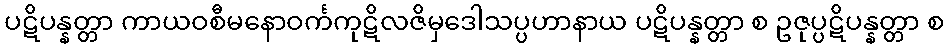
ပဋိပန္နတ္တာ ကာယဝစီမနောဝင်္ကကုဋိလဇိမှဒေါသပ္ပဟာနာယ ပဋိပန္နတ္တာ စ ဥဇုပ္ပဋိပန္နတ္တာ စ